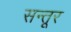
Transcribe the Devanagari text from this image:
सन्तूर